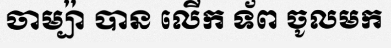
ចាម្ប៉ា បាន លើក ទ័ព ចូលមក